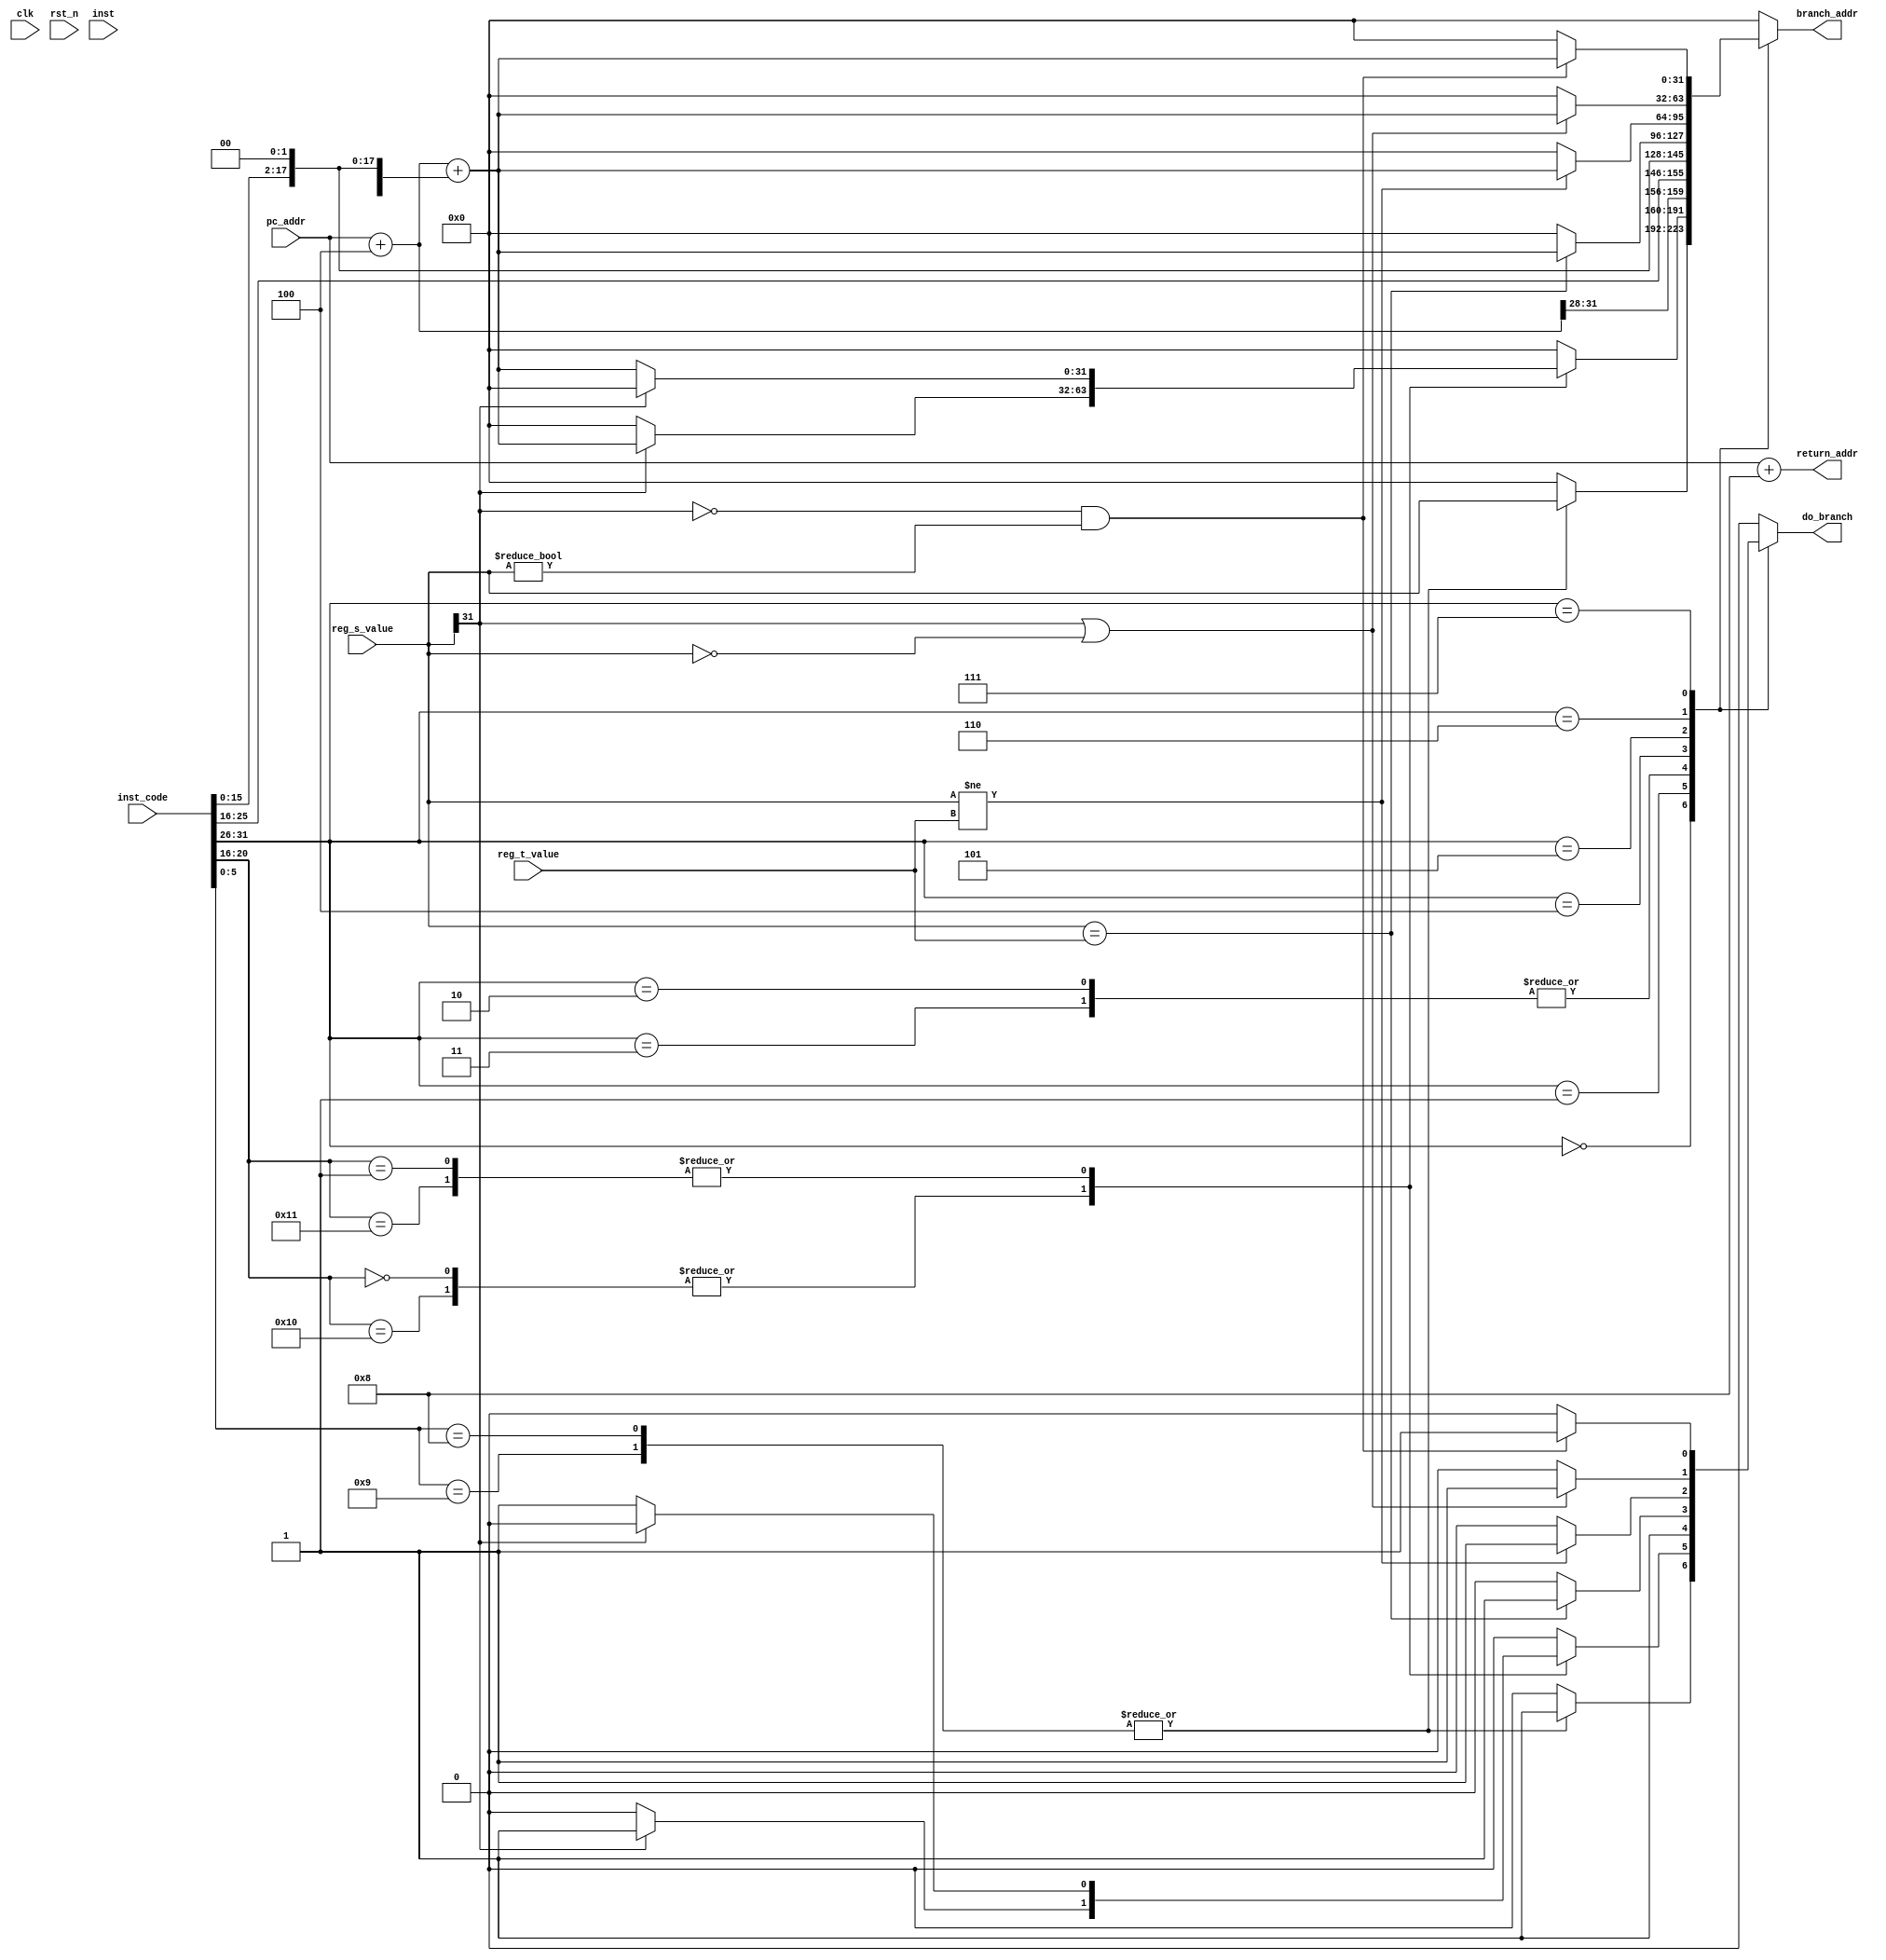
module branch_jump(/*autoarg*/
    //Inputs
    clk, rst_n, pc_addr, inst_code, inst,
    reg_s_value, reg_t_value,

    //Outputs
    do_branch, branch_addr, return_addr
);

    input wire clk;
    input wire rst_n;

    // get from pc.v, used for calculate return/branch address
    input wire[31:0] pc_addr;
    // parallel with id.v and ex.v, so directly get inst_code instead of inst
    input wire[31:0] inst_code;
    input wire[7:0] inst;
    // get operands from mux, reg_addr was generated by id.v
    input wire[31:0] reg_s_value;
    input wire[31:0] reg_t_value;

    // used by pc.v
    output reg do_branch;
    output reg[31:0] branch_addr;
    // used by ex.v, store it in specific reg
    output reg[31:0] return_addr;

    wire sign_bit;
    // pc_address of the branch delay slot inst
    wire[31:0] current_pc_addr;
    // need to do sign_extension and left_shift to offset
    wire[31:0] sign_addr_offset_ext;

    // most significant bit of offset
    assign sign_bit = inst_code[15];
    assign current_pc_addr = pc_addr + 32'd4;
    assign sign_addr_offset_ext = {
        sign_bit, sign_bit, sign_bit, sign_bit,
        sign_bit, sign_bit, sign_bit, sign_bit,
        sign_bit, sign_bit, sign_bit, sign_bit,
        sign_bit, sign_bit, inst_code[15:0], 2'b00
    };

    always @(*)
    begin
        do_branch <= 1'b0;
        branch_addr <= 32'b0;
        return_addr <= pc_addr + 32'd8;
        case(inst_code[31:26])
        6'h0: begin
            case(inst_code[5:0])
            6'h8, 6'h9: begin //JR, JALR
                branch_addr <= reg_s_value;
                do_branch <= 1'b1;
            end
            endcase
        end
        6'h1: begin //REGIMM
            case(inst_code[20:16])
            5'h0, 5'h10: begin //BLTZ, BLTZAL
                if(reg_s_value[31]) begin
                    branch_addr <= current_pc_addr + sign_addr_offset_ext;
                    do_branch <= 1'b1;
                end
            end
            5'h1, 5'h11: begin //BGEZ, BGEZAL
                if(!reg_s_value[31]) begin
                    branch_addr <= current_pc_addr + sign_addr_offset_ext;
                    do_branch <= 1'b1;
                end
            end
            endcase
        end
        6'h2, 6'h3: begin //J, JAL
            branch_addr <= {current_pc_addr[31:28], inst_code[25:0], 2'b00};
            do_branch <= 1'b1;
        end
        6'h4: begin //BEQ
            if(reg_s_value == reg_t_value) begin
                branch_addr <= current_pc_addr + sign_addr_offset_ext;
                do_branch <= 1'b1;
            end
        end
        6'h5: begin //BNE
            if(reg_s_value != reg_t_value) begin
                branch_addr <= current_pc_addr + sign_addr_offset_ext;
                do_branch <= 1'b1;
            end
        end
        6'h6: begin //BLEZ
            if(reg_s_value[31] || reg_s_value==32'b0) begin
                branch_addr <= current_pc_addr + sign_addr_offset_ext;
                do_branch <= 1'b1;
            end
        end
        6'h7: begin //BGTZ
            if(!reg_s_value[31] && reg_s_value!=32'b0) begin
                branch_addr <= current_pc_addr + sign_addr_offset_ext;
                do_branch <= 1'b1;
            end
        end
        endcase
    end

endmodule